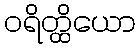
ဝရိတ္ထိယော